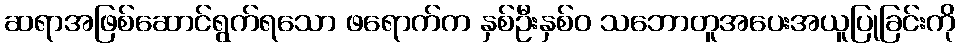
ဆရာအဖြစ်ဆောင်ရွက်ရသော ဖရောက်က နှစ်ဦးနှစ်ဝ သဘောတူအပေးအယူပြုခြင်းကို